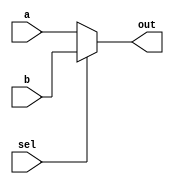
`timescale 1ns / 1ps
//////////////////////////////////////////////////////////////////////////////////
// Company: 
// Engineer: 
// 
// Design Name: 
// Module Name: mux2_1
// Project Name: 
// Target Devices: 
// Tool Versions: 
// Description: 
// 
// Dependencies: 
// 
// Revision:
// Revision 0.01 - File Created
// Additional Comments:
// 
//////////////////////////////////////////////////////////////////////////////////


module mux2_1 #(parameter size = 32) (input [size-1:0] a,
    input [size-1:0] b,
    input sel,
    output [size-1:0]out
    );
    assign out = sel ? b : a;
endmodule